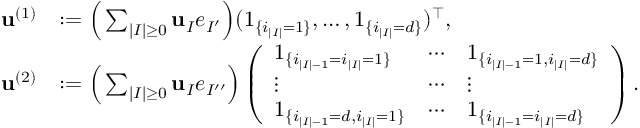
\begin{array} { r l } { { \bf u } ^ { ( 1 ) } } & { : = \Big ( \sum _ { | I | \geq 0 } { \mathbf u } _ { I } e _ { I ^ { \prime } } \Big ) ( 1 _ { \{ i _ { | I | } = 1 \} } , \ldots , 1 _ { \{ i _ { | I | } = d \} } ) ^ { \top } , } \\ { { \bf u } ^ { ( 2 ) } } & { : = \Big ( \sum _ { | I | \geq 0 } { \mathbf u } _ { I } e _ { I ^ { \prime \prime } } \Big ) \left( \begin{array} { l l l } { 1 _ { \{ i _ { | I | - 1 } = i _ { | I | } = 1 \} } } & { \cdots } & { 1 _ { \{ i _ { | I | - 1 } = 1 , i _ { | I | } = d \} } } \\ { \vdots } & { \cdots } & { \vdots } \\ { 1 _ { \{ i _ { | I | - 1 } = d , i _ { | I | } = 1 \} } } & { \cdots } & { 1 _ { \{ i _ { | I | - 1 } = i _ { | I | } = d \} } } \end{array} \right) . } \end{array}